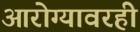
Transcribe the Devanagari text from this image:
आरोग्यावरही